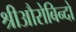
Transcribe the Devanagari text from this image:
श्रीऔरोबिन्दो